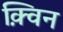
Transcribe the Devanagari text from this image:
क़्विन